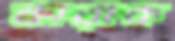
কারাক